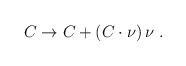
LaTeX: \begin{align*}C \to C + (C\cdot \nu)\, \nu\ . \end{align*}